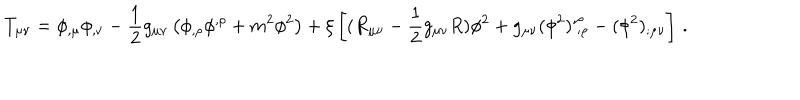
LaTeX: T _ { \mu \nu } = \phi _ { , \mu } \phi _ { , \nu } - \frac 1 2 g _ { \mu \nu } \left( \phi _ { , \rho } \phi ^ { , \rho } + m ^ { 2 } \phi ^ { 2 } \right) + \xi \left[ ( R _ { \mu \nu } - \frac 1 2 g _ { \mu \nu } R ) \phi ^ { 2 } + g _ { \mu \nu } ( \phi ^ { 2 } ) _ { ~ ; \rho } ^ { , \rho } - ( \phi ^ { 2 } ) _ { ; \mu \nu } \right] \, .